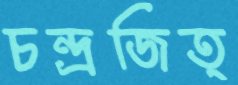
চন্দ্রজিত্